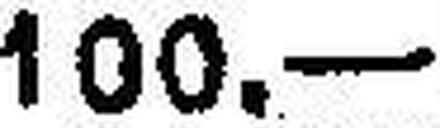
100.—